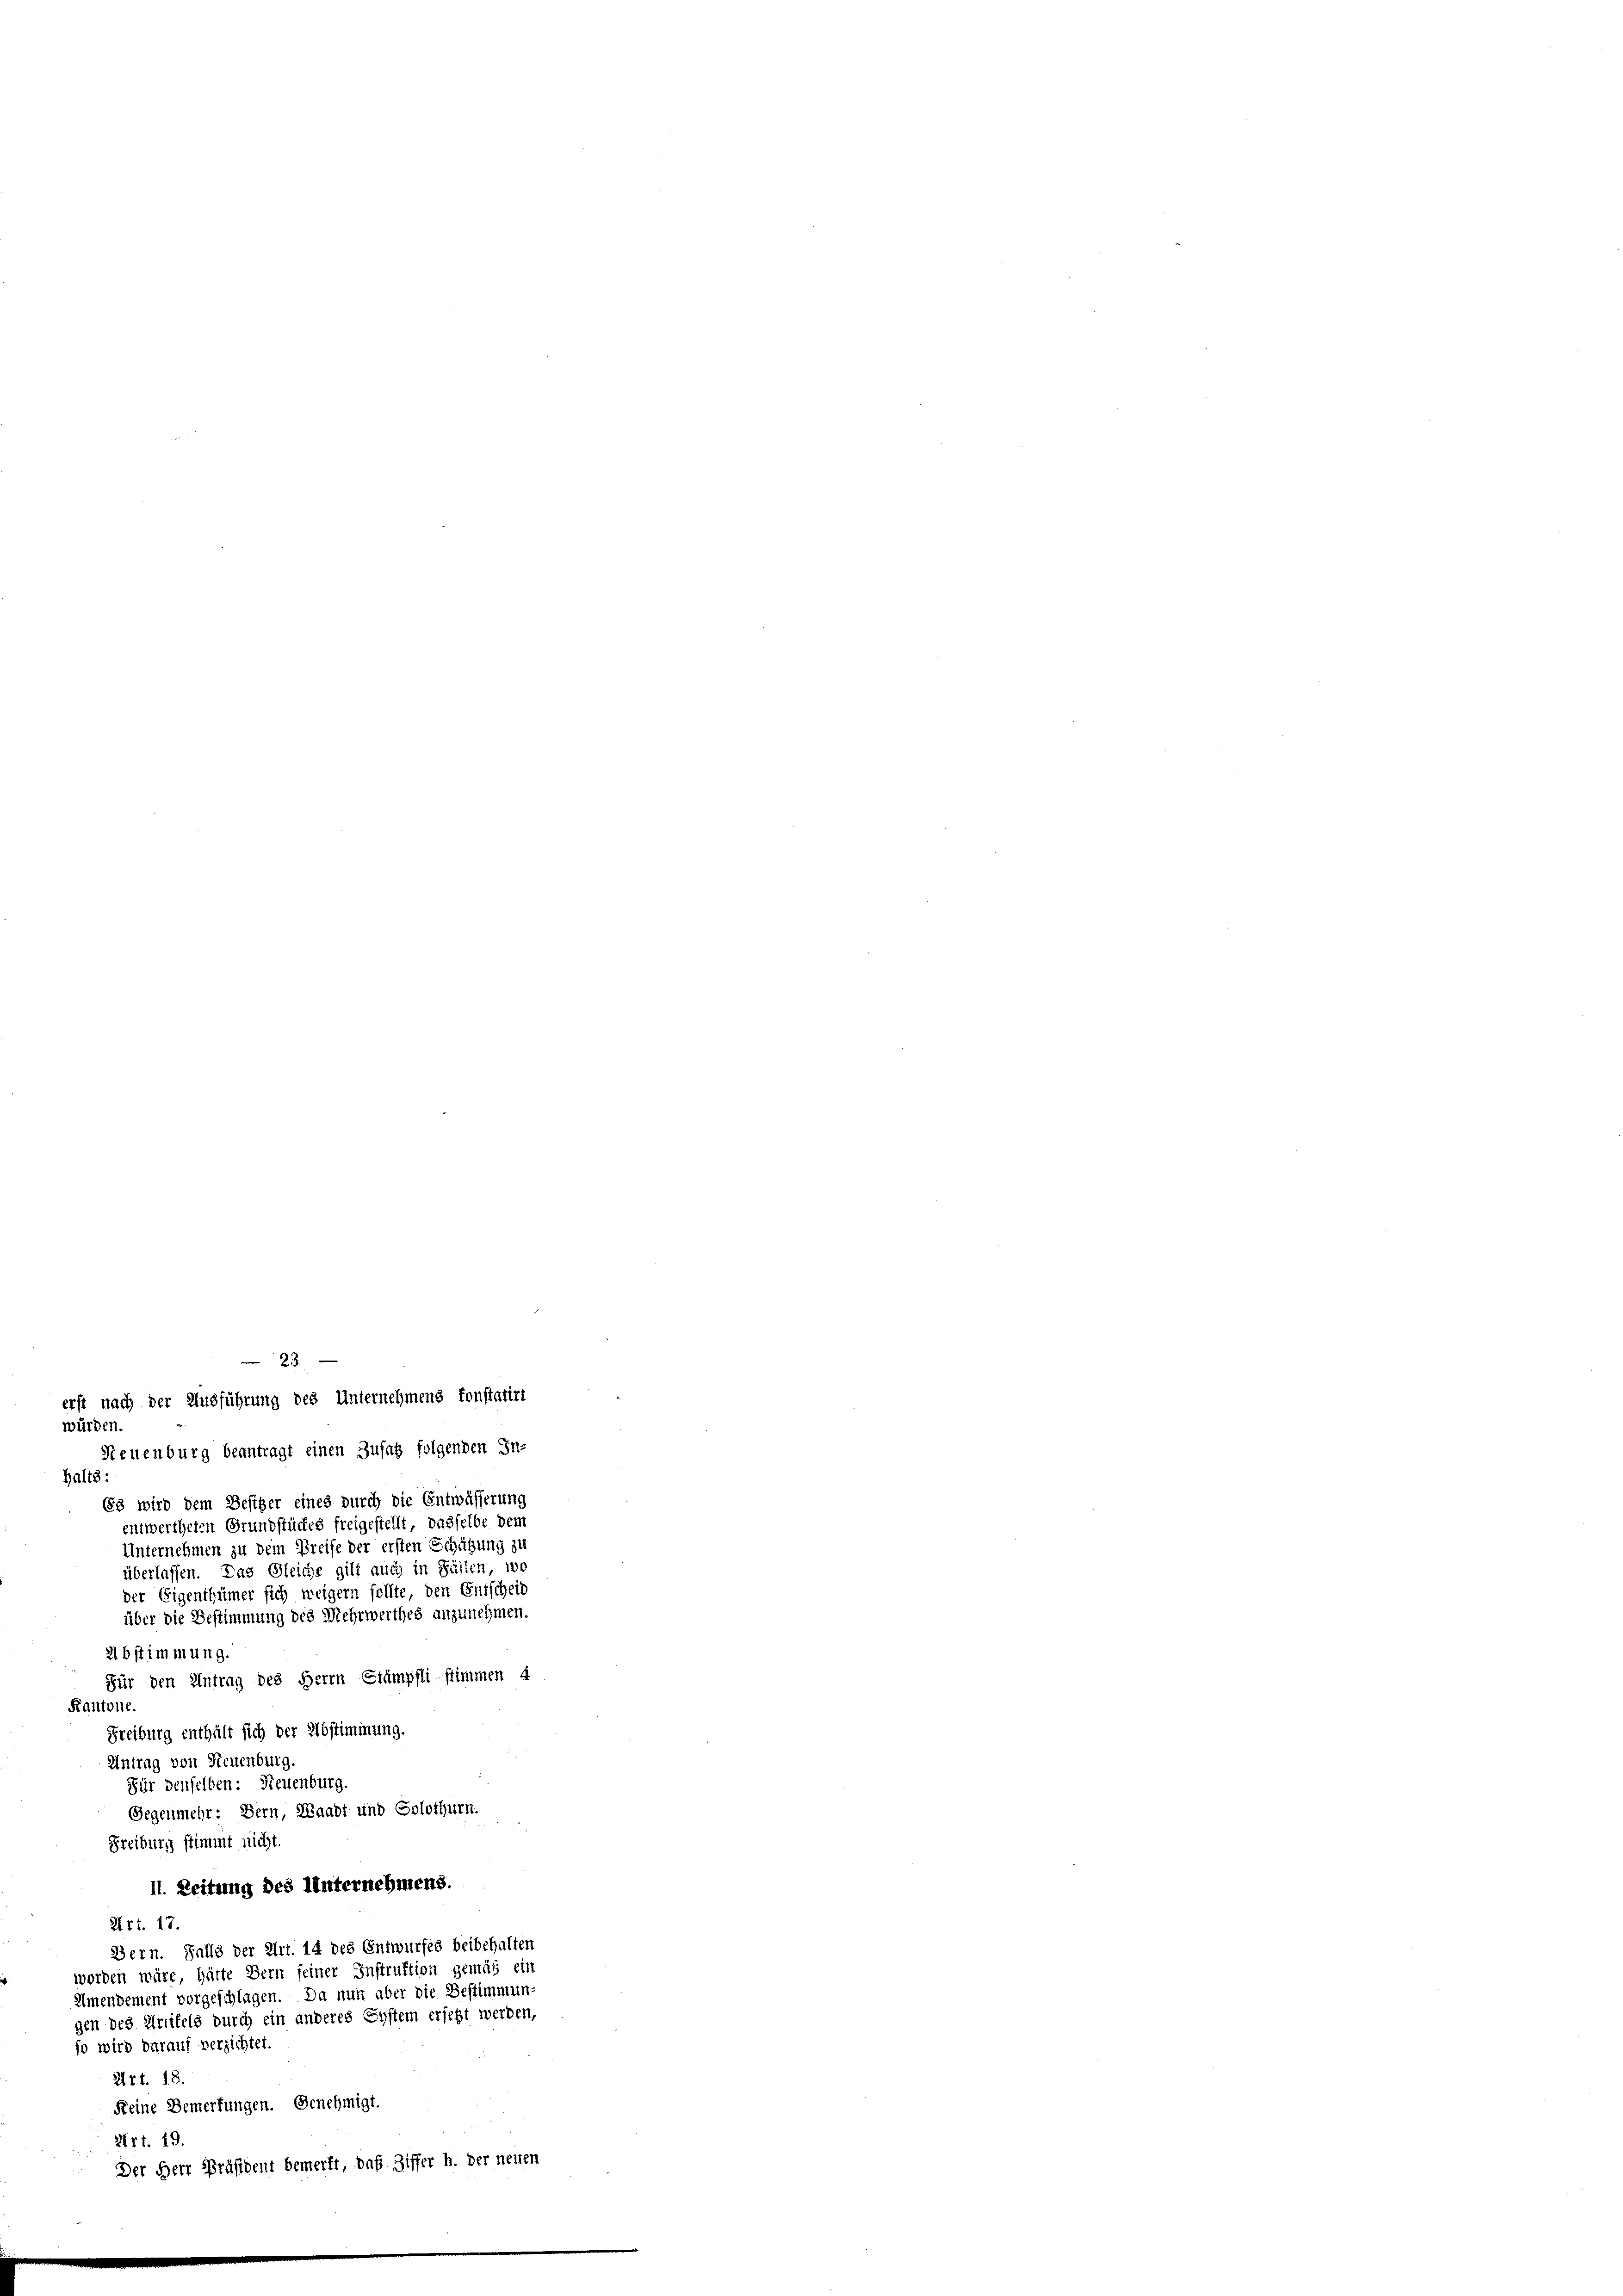
erst nach der Ausführung des Unternehmens konstatirt
würden.
Neuenburg beantragt einen Zusatz folgenden In-
halts:
68 wird dem Besitzer eines durch die Entwässerung
entwertheten Grundstückes freigestellt, dasselbe dem
Unternehmen zu dem Preise der ersten Schätzung zu
überlassen. Das Gleiche gilt auch in Fällen, wo
der Eigenthümer sich weigern sollte, den Entscheid
über die Bestimmung des Mehrwerthes anzunehmen.
2bstimmung.
Für den Antrag des Herrn Stämpflistimmen 4
Kantone.
Freiburg enthält sich der Abstimmung.
Antrag von Neuenburg.
Für denselben: Neuenburg.
Gegenmehr: Bern, Waadt und Solothurn.
Freiburg stimmt nicht.
11. Zeitung des Unternehmens.
Art. 17.
Bern. Falls der Art. 14 des Entwurfes beibehalten
worden wäre, hätte Bern seiner Instruktion gemäß ein
Ilmendement vorgeschlagen. Da nun aber die Bestimmun
gen des Drittels durch ein anderes Eystem ersetzt werden,
so wird darauf verzichtet.
27t. 18.
Keine Bemerkungen. Genehmigt.
2rt. 19.
Der Herr Präsident bemerkt, daß Ziffer h. der neuen

2